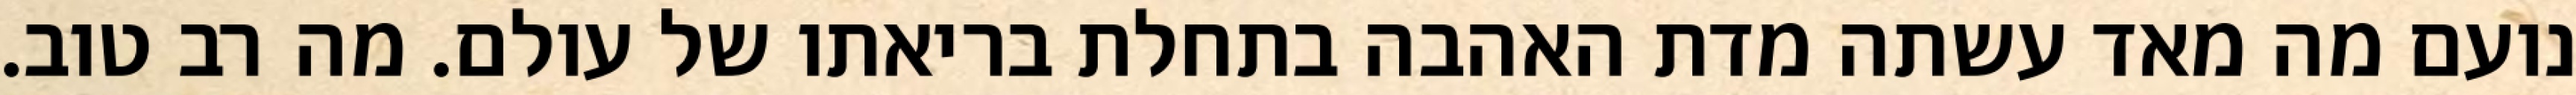
נועם מה מאד עשתה מדת האהבה בתחלת בריאתו של עולם. מה רב טוב.